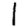
Digit: 1